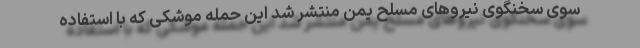
سوی سخنگوی نیروهای مسلح یمن منتشر شد این حمله موشکی که با استفاده